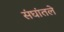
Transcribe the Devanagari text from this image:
संघांतले